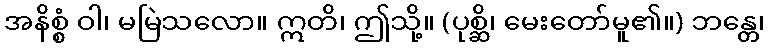
အနိစ္စံ ဝါ၊ မမြဲသလော။ ဣတိ၊ ဤသို့။ (ပုစ္ဆိ၊ မေးတော်မူ၏။) ဘန္တေ၊